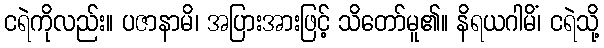
ငရဲကိုလည်း။ ပဇာနာမိ၊ အပြားအားဖြင့် သိတော်မူ၏။ နိရယဂါမိံ၊ ငရဲသို့